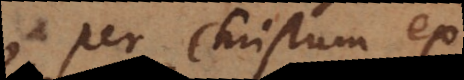
per Christum ex